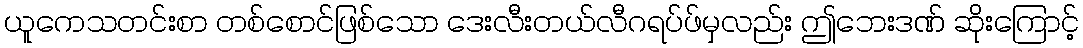
ယူကေသတင်းစာ တစ်စောင်ဖြစ်သော ဒေးလီးတယ်လီဂရပ်ဖ်မှလည်း ဤဘေးဒဏ် ဆိုးကြောင့်